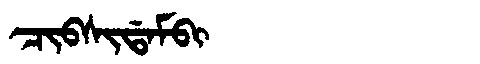
Manchu: ᠴᡳᠪᠰᡳᡩᠠᠮᠪᡳ
Romanization: CIBSIDAMBI